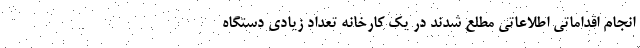
انجام اقداماتی اطلاعاتی مطلع شدند در یک کارخانه تعداد زیادی دستگاه